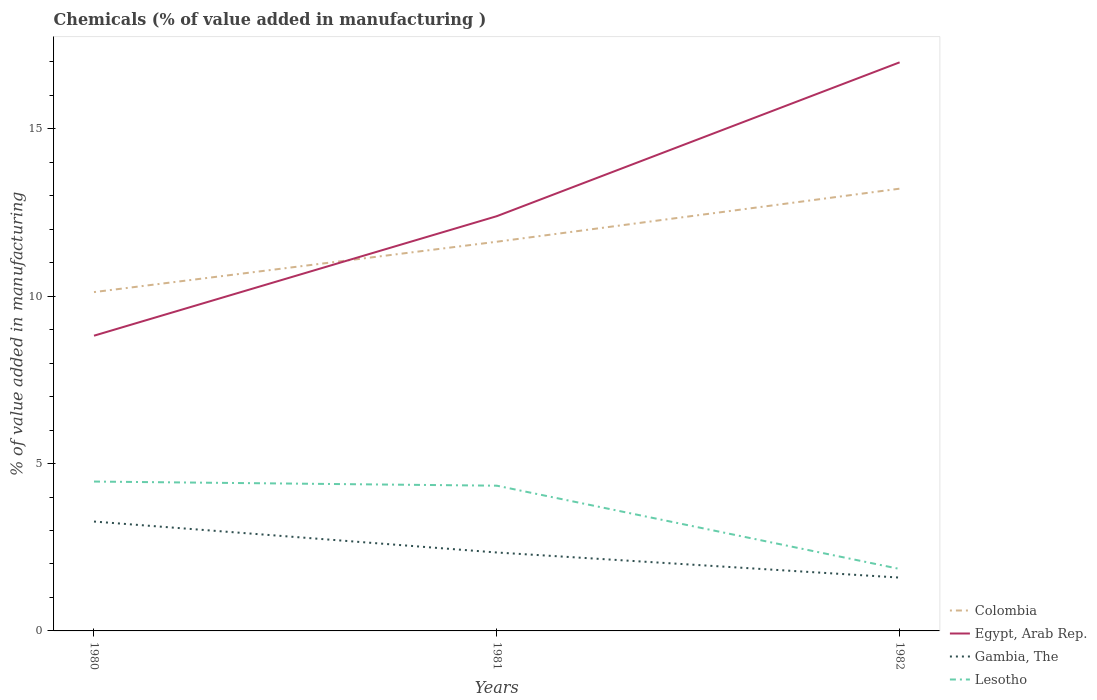
| Years | Colombia | Egypt, Arab Rep. | Gambia, The | Lesotho |
 | --- | --- | --- | --- | --- |
 | 1980 | 10.1 | 8.82 | 3.27 | 4.46 |
 | 1981 | 11.6 | 12.4 | 2.34 | 4.34 |
 | 1982 | 13.2 | 17 | 1.59 | 1.85 |